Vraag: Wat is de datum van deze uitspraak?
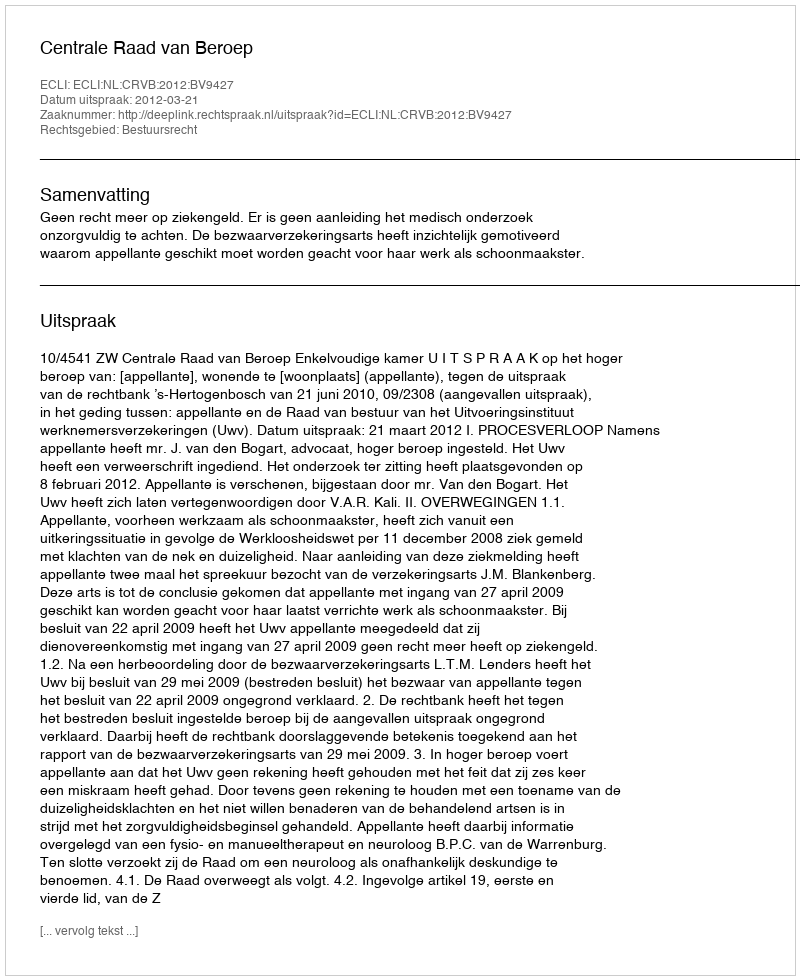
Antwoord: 2012-03-21